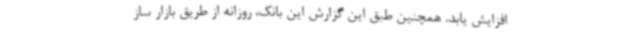
افزایش یابد. همچنین طبق این گزارش این بانک، روزانه از طریق بازار ساز